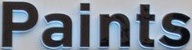
Paints